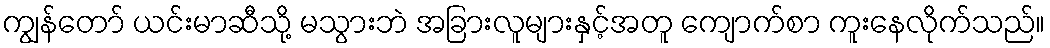
ကျွန်တော် ယင်းမာဆီသို့ မသွားဘဲ အခြားလူများနှင့်အတူ ကျောက်စာ ကူးနေလိုက်သည်။